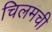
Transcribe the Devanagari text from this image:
चिलमची